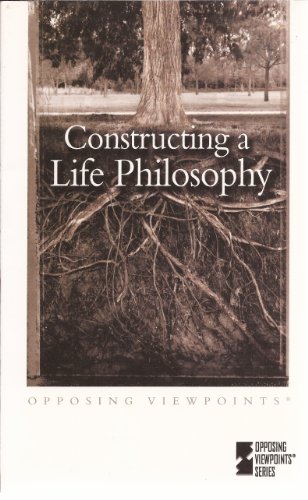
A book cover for Constructing a Life Philosophy (Paperback Edition) (Opposing Viewpoints); Mark Ray Schmidt; Teen & Young Adult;